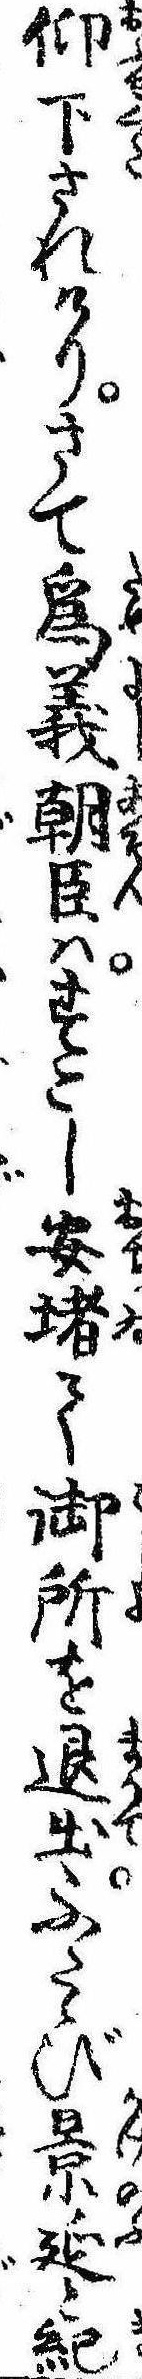
仰下されけりさて為義朝臣はすこし安堵て御所を退出ふたゝび景延と紀